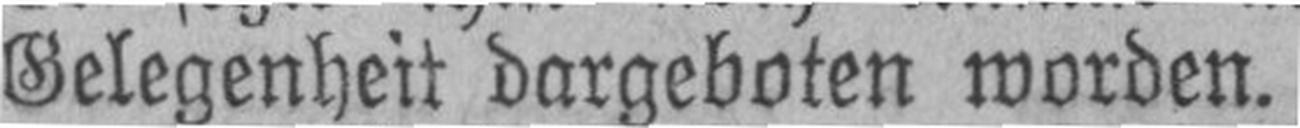
Gelegenheit dargeboten worden.